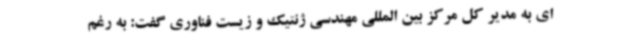
ای به مدیر کل مرکز بین المللی مهندسی ژنتیک و زیست فناوری گفت: به رغم